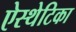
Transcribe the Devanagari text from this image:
ऐस्थेटिका